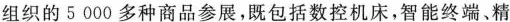
组织的5000多种商品参展，既包括数控机床，智能终端、精